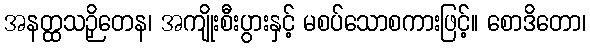
အနတ္ထသဉှိတေန၊ အကျိုးစီးပွားနှင့် မစပ်သောစကားဖြင့်။ စောဒိတော၊